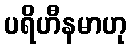
ပရိဟီနမာဟု